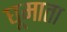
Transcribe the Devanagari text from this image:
घूमाता